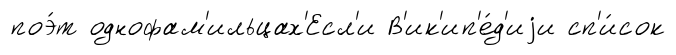
поэ́т однофам'ильцах'Есл'и В'ик'ип'е́д'иjи сп'и́сок